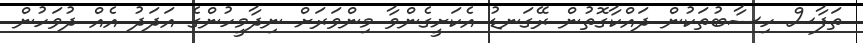
ތަފާސް ހިސާބުތަކުން ދައްކާގޮތުން ރޭގަނޑު އެކަށީގެންވާ މިންވަރަށް ނިދާމީހުންގެ އަދަދު އެއް ދުވަހުން